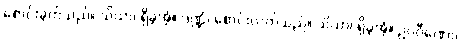
စောင်းခွက်သည်။ သိယာ၊ ရှိခဲ့အံ့။ ဒဏ္ဍံ၊ စောင်းလက်သည်။ သိယာ၊ ရှိခဲ့အံ့။ ဥပဝီဏော၊